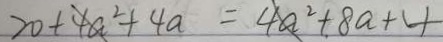
2 0 + 4 a ^ { 2 } + 4 a = 4 a ^ { 2 } + 8 a + 4